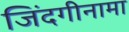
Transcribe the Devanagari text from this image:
जिंदगीनामा